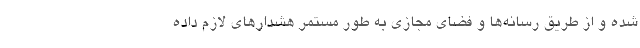
شده و از طریق رسانه‌ها و فضای مجازی به طور مستمر هشدارهای لازم داده